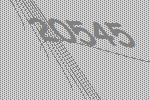
20545